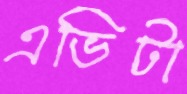
এভিটা